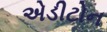
એડીટોન